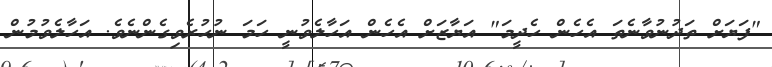
"ފަޔަށް ތަދުނުވާނެތަ އެހެން ހެދީމަ" އަޔާޒަށް އެހެން އަހާލެވުނީ ހަމަ ނުހުރެވިގެންނެވެ. އަހާލެވުމުން